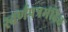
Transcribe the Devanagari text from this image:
स्वर्णपत्रमंडित